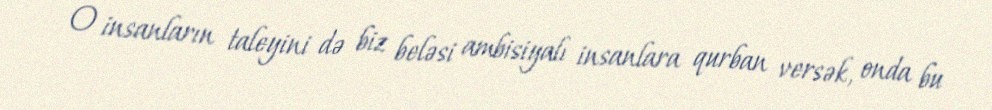
O insanların taleyini də biz beləsi ambisiyalı insanlara qurban versək, onda bu